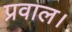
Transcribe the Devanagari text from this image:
प्रवाल।